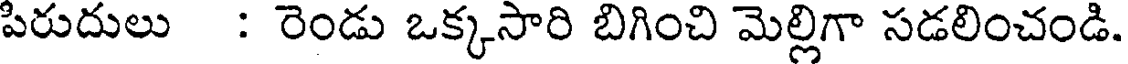
పిరుదులు : రెండు ఒక్కసారి బిగించి మెల్లిగా సడలించండి